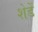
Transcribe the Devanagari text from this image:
शेडें